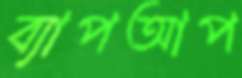
ব্যাপআপ